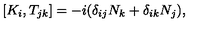
[ K _ { i } , T _ { j k } ] = - i ( \delta _ { i j } N _ { k } + \delta _ { i k } N _ { j } ) ,